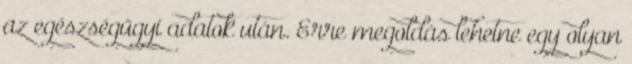
az egészségügyi adatok után. Erre megoldás lehetne egy olyan